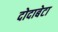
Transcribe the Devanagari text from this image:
दोदाबेटा